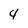
Character: 4